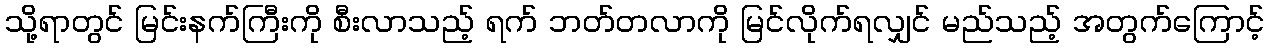
သို့ရာတွင် မြင်းနက်ကြီးကို စီးလာသည့် ရက် ဘတ်တလာကို မြင်လိုက်ရလျှင် မည်သည့် အတွက်ကြောင့်